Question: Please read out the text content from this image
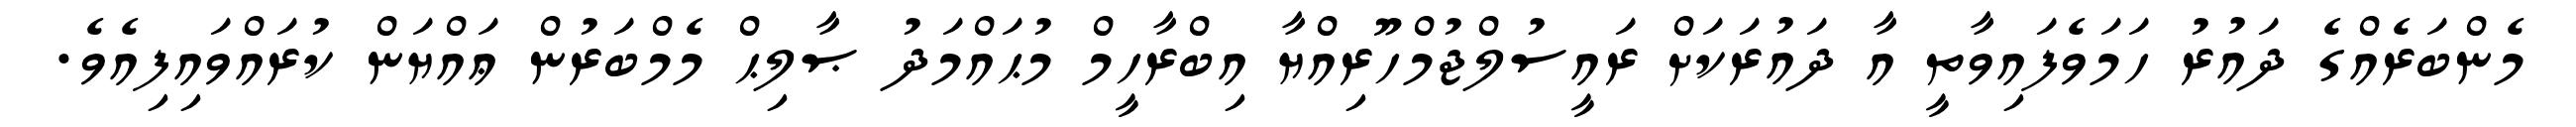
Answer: މެންބަރެއްގެ ދައުރު ހަމަވެފައިވާތީ އާ ދައުރަކަށް ރައީސުލްޖުމްހޫރިއްޔާ އިބްރާހީމް މުޙައްމަދު ޞާލިޙް މެމްބަރުން ޢައްޔަން ކުރައްވައިފިއެވެ.